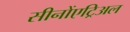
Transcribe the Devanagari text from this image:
सीनोंएट्रिअल